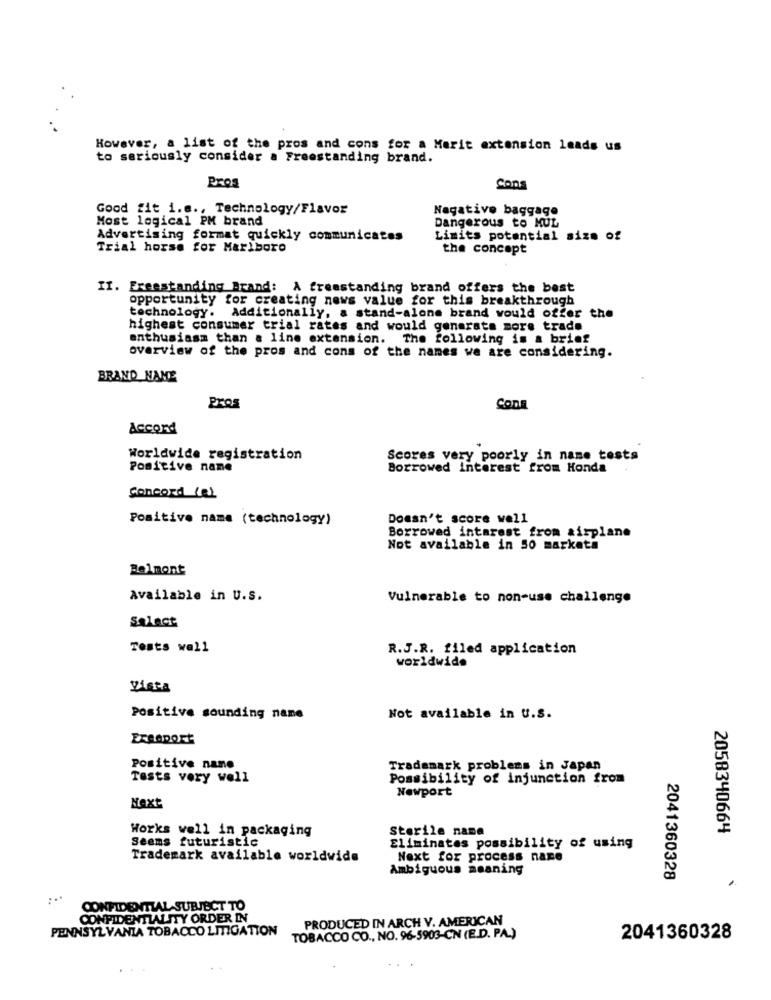
However, a list of the pros and cons for a Marit extension leads us
to seriously consider a Freestanding brand.
Pros
Cons
Good fit i.e ., Technology/Flavor
Negative baggage
Most logical PM brand
Dangerous to MUL
Advertising format quickly communicates
Limits potential size of
Trial horse for Marlboro
the concept
II. Freestanding Brand: A freestanding brand offers the best
opportunity for creating news value for this breakthrough
technology. Additionally, a stand-alone brand would offer the
highest consumer trial rates and would generate more trade
enthusiasm than a line extension. The following is a brief
overview of the pros and cons of the names we are considering.
BRAND NAME
Pros
COna
Accord
Worldwide registration
Scores very poorly in name tests
Positive name
Borrowed interest from Honda
Concord (a)
Positive name (technology)
Doesn't score well
Borrowed intarest from airplane
Not available in 50 markets
Belmont
Available in U.S.
Vulnerable to non-use challenge
Salact
Tests wall
R.J.R. filed application
worldwide
Vista
Positive sounding nane
Not available in U.S.
EFSAport
Positive name
Trademark problems in Japan
Tests very well
Possibility of injunction from
Newport
Next
Works well in packaging
Sterile name
2058340664
Seems futuristic
Eliminates possibility of using
Trademark available worldwide
Next for process nane
Ambiguous meaning
2041360328
CONFIDENTIAL SUBJECT TO
CONFIDENTIALITY ORDER IN
PRODUCED IN ARCH V. AMERICAN
PENNSYLVANIA TOBACCO LITIGATION
TOBACCO CO ., NO. 96-5903-CN (E.D. PA.)
2041360328